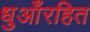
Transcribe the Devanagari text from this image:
धुआँरहित